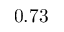
0 . 7 3